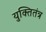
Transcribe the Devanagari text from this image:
युक्तितंत्र